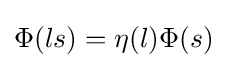
\Phi (ls)=\eta (l)\Phi (s)